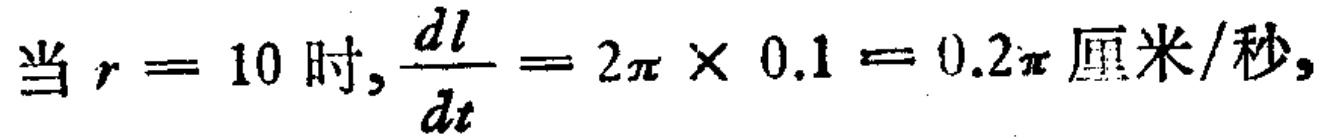
当 \(r = 10\) 时, \(\frac{dl}{dt}=2\pi\times 0.1 = 0.2\pi\) 厘米/秒,